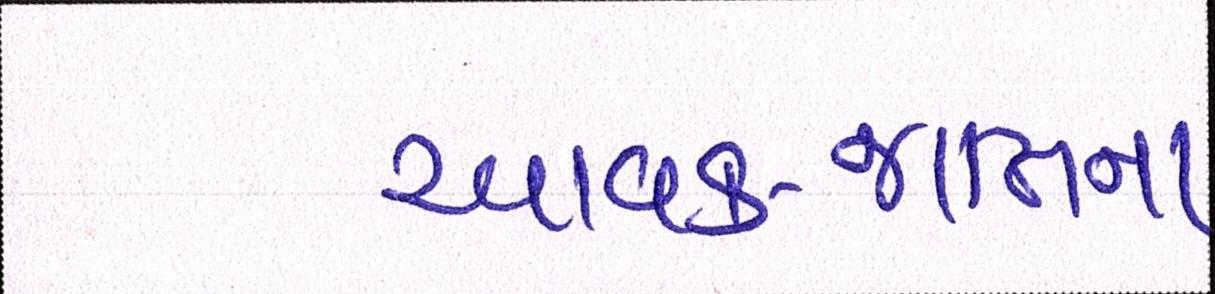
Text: આવક-જાતિના